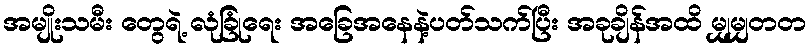
အမျိုးသမီး တွေရဲ့ လုံခြုံရေး အခြေအနေနဲ့ပတ်သက်ပြီး အခုချိန်အထိ မျှမျှတတ